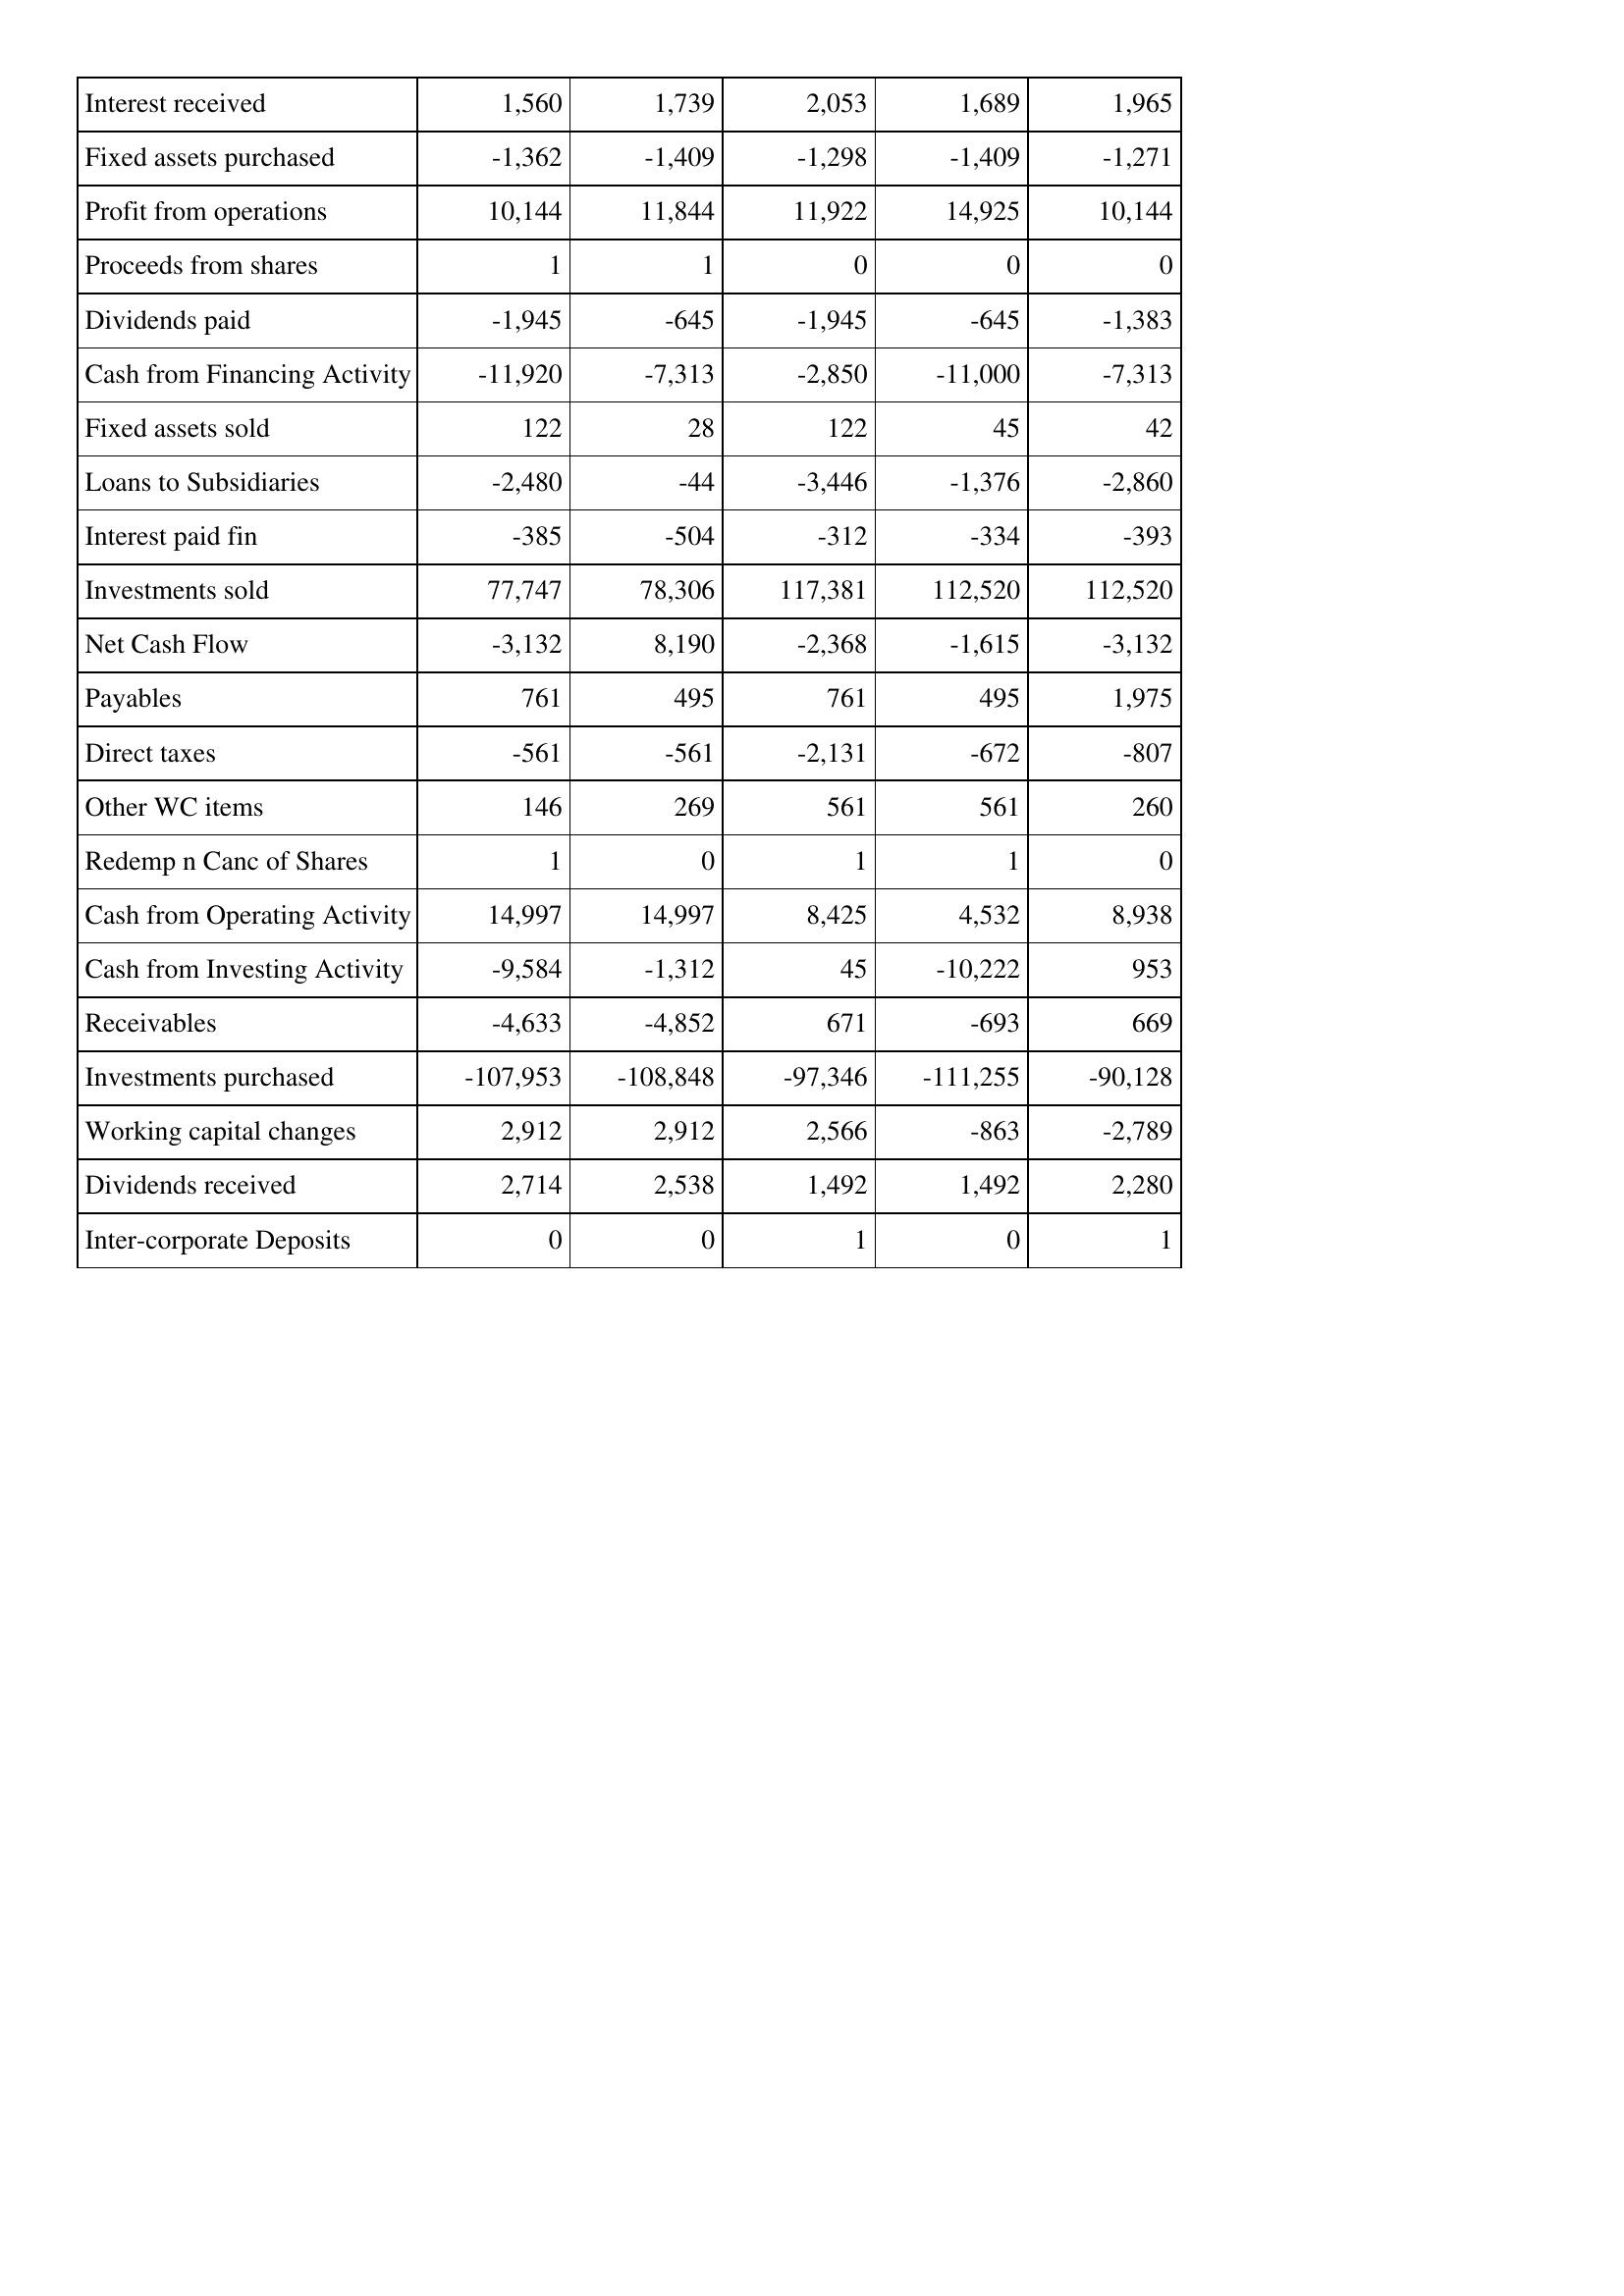
Oct-14: Cash Flows: Interest received: 1,560
Fixed assets purchased: -1,362
Profit from operations: 10,144
Proceeds from shares: 1
Dividends paid: -1,945
Cash from Financing Activity: -11,920
Fixed assets sold: 122
Loans to Subsidiaries: -2,480
Interest paid fin: -385
Investments sold: 77,747
Net Cash Flow: -3,132
Payables: 761
Direct taxes: -561
Other WC items: 146
Redemp n Canc of Shares: 1
Cash from Operating Activity: 14,997
Cash from Investing Activity: -9,584
Receivables: -4,633
Investments purchased: -107,953
Working capital changes: 2,912
Dividends received: 2,714
Inter-corporate Deposits: 0
Oct-15: Cash Flows: Interest received: 1,739
Fixed assets purchased: -1,409
Profit from operations: 11,844
Proceeds from shares: 1
Dividends paid: -645
Cash from Financing Activity: -7,313
Fixed assets sold: 28
Loans to Subsidiaries: -44
Interest paid fin: -504
Investments sold: 78,306
Net Cash Flow: 8,190
Payables: 495
Direct taxes: -561
Other WC items: 269
Redemp n Canc of Shares: 0
Cash from Operating Activity: 14,997
Cash from Investing Activity: -1,312
Receivables: -4,852
Investments purchased: -108,848
Working capital changes: 2,912
Dividends received: 2,538
Inter-corporate Deposits: 0
Oct-16: Cash Flows: Interest received: 2,053
Fixed assets purchased: -1,298
Profit from operations: 11,922
Proceeds from shares: 0
Dividends paid: -1,945
Cash from Financing Activity: -2,850
Fixed assets sold: 122
Loans to Subsidiaries: -3,446
Interest paid fin: -312
Investments sold: 117,381
Net Cash Flow: -2,368
Payables: 761
Direct taxes: -2,131
Other WC items: 561
Redemp n Canc of Shares: 1
Cash from Operating Activity: 8,425
Cash from Investing Activity: 45
Receivables: 671
Investments purchased: -97,346
Working capital changes: 2,566
Dividends received: 1,492
Inter-corporate Deposits: 1
Oct-17: Cash Flows: Interest received: 1,689
Fixed assets purchased: -1,409
Profit from operations: 14,925
Proceeds from shares: 0
Dividends paid: -645
Cash from Financing Activity: -11,000
Fixed assets sold: 45
Loans to Subsidiaries: -1,376
Interest paid fin: -334
Investments sold: 112,520
Net Cash Flow: -1,615
Payables: 495
Direct taxes: -672
Other WC items: 561
Redemp n Canc of Shares: 1
Cash from Operating Activity: 4,532
Cash from Investing Activity: -10,222
Receivables: -693
Investments purchased: -111,255
Working capital changes: -863
Dividends received: 1,492
Inter-corporate Deposits: 0
Oct-18: Cash Flows: Interest received: 1,965
Fixed assets purchased: -1,271
Profit from operations: 10,144
Proceeds from shares: 0
Dividends paid: -1,383
Cash from Financing Activity: -7,313
Fixed assets sold: 42
Loans to Subsidiaries: -2,860
Interest paid fin: -393
Investments sold: 112,520
Net Cash Flow: -3,132
Payables: 1,975
Direct taxes: -807
Other WC items: 260
Redemp n Canc of Shares: 0
Cash from Operating Activity: 8,938
Cash from Investing Activity: 953
Receivables: 669
Investments purchased: -90,128
Working capital changes: -2,789
Dividends received: 2,280
Inter-corporate Deposits: 1